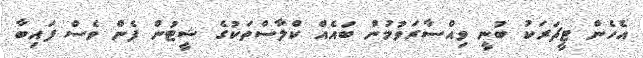
އެހެން ޓީޗަރަކު ބުނީ ވިއްސާރަވުމުން ބައެއް ކްލާސްތަކުގެ ޝީޓުން ފެން ވެސް ފައިބާ